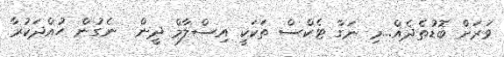
ވަރަށް ބޮޑުތެދެއް...މި ނަގާ ޓެކްސް ތަކަކީ އިސްލާމް ދީން  ނެގުން ހުއްދަކުރާ